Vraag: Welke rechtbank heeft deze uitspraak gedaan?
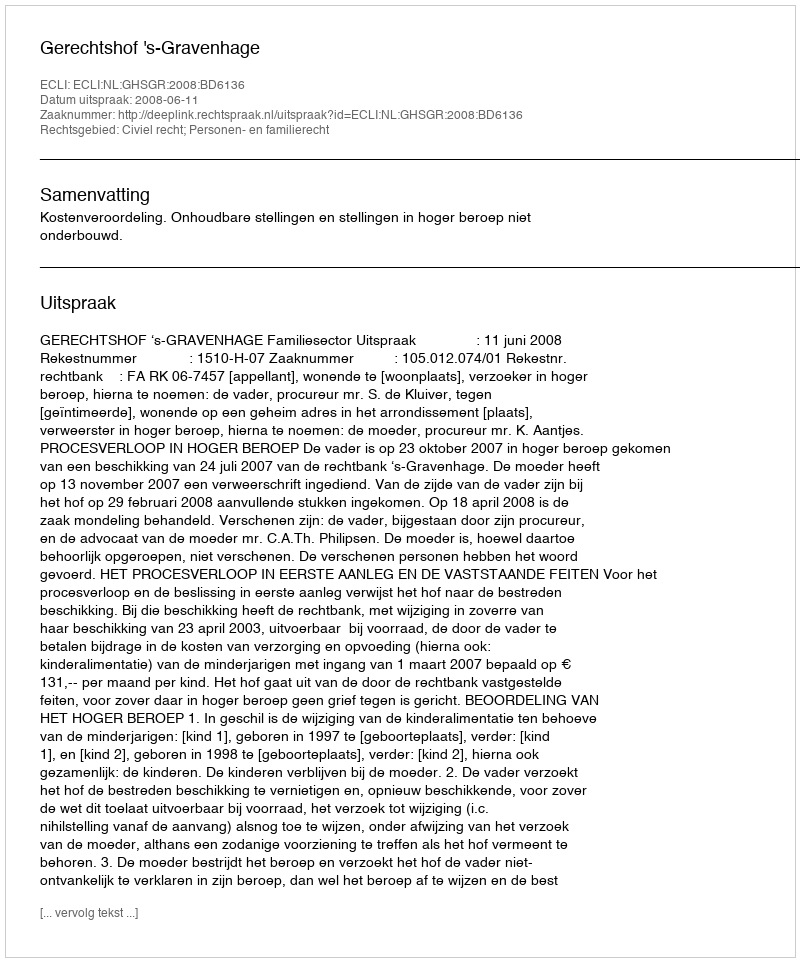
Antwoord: Gerechtshof 's-Gravenhage